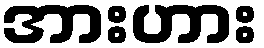
အားဟား